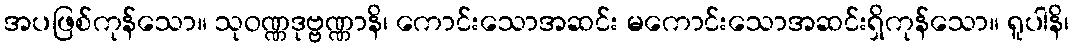
အပဖြစ်ကုန်သော။ သုဝဏ္ဏဒုဗ္ဗဏ္ဏာနိ၊ ကောင်းသောအဆင်း မကောင်းသောအဆင်းရှိကုန်သော။ ရူပါနိ၊